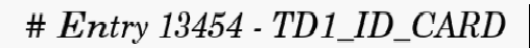
# Entry 13454 - TD1_ID_CARD